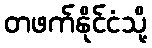
တဖက်နိုင်ငံသို့